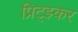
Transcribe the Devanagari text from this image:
प्रिट्झ्कर